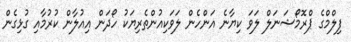
ފިލްމްގެ ޕްރޮމޯޝަނަލް ލަވަ ކިޔާނެ އަންހެން ލަވަކިއުންތެރިޔަކު ހޯދަން އިއުލާން ކުރުމާއި ގުޅިގެން